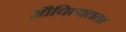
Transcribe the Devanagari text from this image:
औचित्यतता